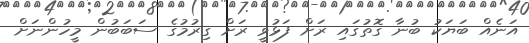
އަނެއް ބަޔަކު ބުނާ ގޮތުގައި ރަށް ފަޅުވީ ރަށް ގިރުމުގެ ސަބަބުން މީހުންނަށް